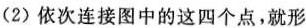
(2)依次连接图中的这四个点，就形